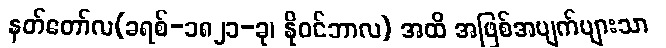
နတ်တော်လ(ခရစ်-၁၈၂၁-ခု၊ နိုဝင်ဘာလ) အထိ အဖြစ်အပျက်များသာ